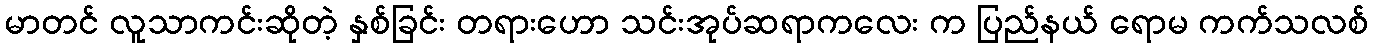
မာတင် လူသာကင်းဆိုတဲ့ နှစ်ခြင်း တရားဟော သင်းအုပ်ဆရာကလေး က ပြည်နယ် ရောမ ကက်သလစ်